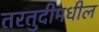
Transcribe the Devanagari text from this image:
तरतुदीमधील